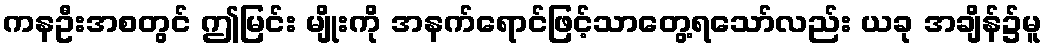
ကနဦးအစတွင် ဤမြင်း မျိုးကို အနက်ရောင်ဖြင့်သာတွေ့ရသော်လည်း ယခု အချိန်၌မူ